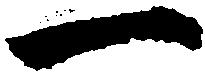
一